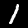
Label: 1